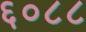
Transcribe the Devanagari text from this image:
६०८८